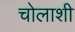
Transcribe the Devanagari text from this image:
चोलाशी